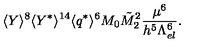
\langle Y \rangle ^ { 8 } \langle Y ^ { * } \rangle ^ { 1 4 } \langle q ^ { * } \rangle ^ { 6 } M _ { 0 } \tilde { M } _ { 2 } ^ { 2 } \frac { \mu ^ { 6 } } { h ^ { 5 } \Lambda _ { e l } ^ { 6 } } .